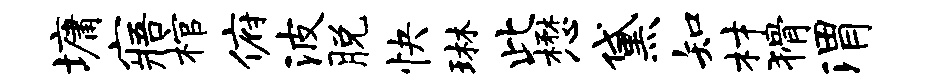
墉寤棺俯波脱快琳此懋黛知材猾渭